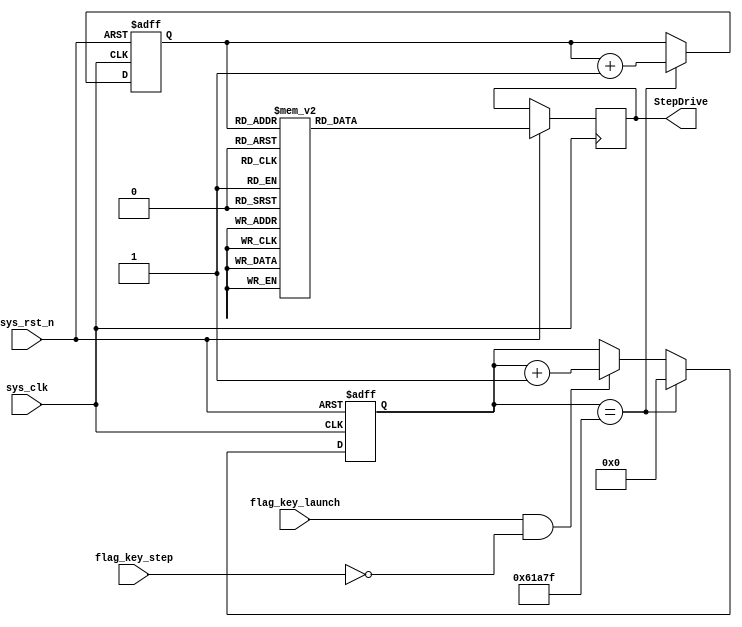
module Stepper_motors
#(
    parameter   CNT_MAX =   20'd399_999
)
(
    input   wire            sys_clk         ,   
    input   wire            sys_rst_n       ,    
    input   wire            flag_key_launch , 
    input   wire            flag_key_step   ,  
    
    
    output  reg     [3:0]   StepDrive       

);
reg [19:0]  cnt_20ms;
reg [2:0]   State   ;
always@(posedge sys_clk or  negedge sys_rst_n)
    if(sys_rst_n    ==  1'b0)
        cnt_20ms    <=   20'd0;
    else if(cnt_20ms ==  CNT_MAX)
        cnt_20ms    <=  20'd0;
    else if( flag_key_launch == 1'b1 && flag_key_step == 1'b0)   
        cnt_20ms    <=  cnt_20ms    +   20'd1;
    else 
        cnt_20ms    <=  cnt_20ms;


always @(posedge sys_clk or negedge sys_rst_n)
	if(sys_rst_n == 1'b0)
		State <= 3'b000;
    else if(cnt_20ms ==  CNT_MAX)
        State <= State + 3'b1;
    else
        State <= State;
        
always @(posedge sys_clk or negedge sys_rst_n)
	if(sys_rst_n == 1'b0)
		StepDrive <= StepDrive;
	else 
        case(State)
            3'b000  : StepDrive <= 4'b0001  ;//A
            3'b001  : StepDrive <= 4'b0011  ;//AB
            3'b010  : StepDrive <= 4'b0010  ;//B
            3'b011  : StepDrive <= 4'b0110  ;//BC
            3'b100  : StepDrive <= 4'b0100  ;//C
            3'b101  : StepDrive <= 4'b1100  ;//CD
            3'b110  : StepDrive <= 4'b1000  ;//D
            3'b111  : StepDrive <= 4'b1001  ;//DA
            default : StepDrive <= StepDrive;
         endcase
endmodule